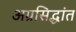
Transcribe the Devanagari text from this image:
अग्रसिद्धांत